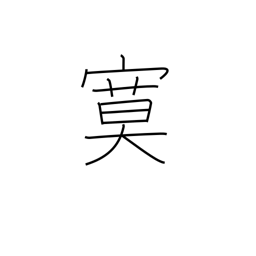
Meaning: quiet